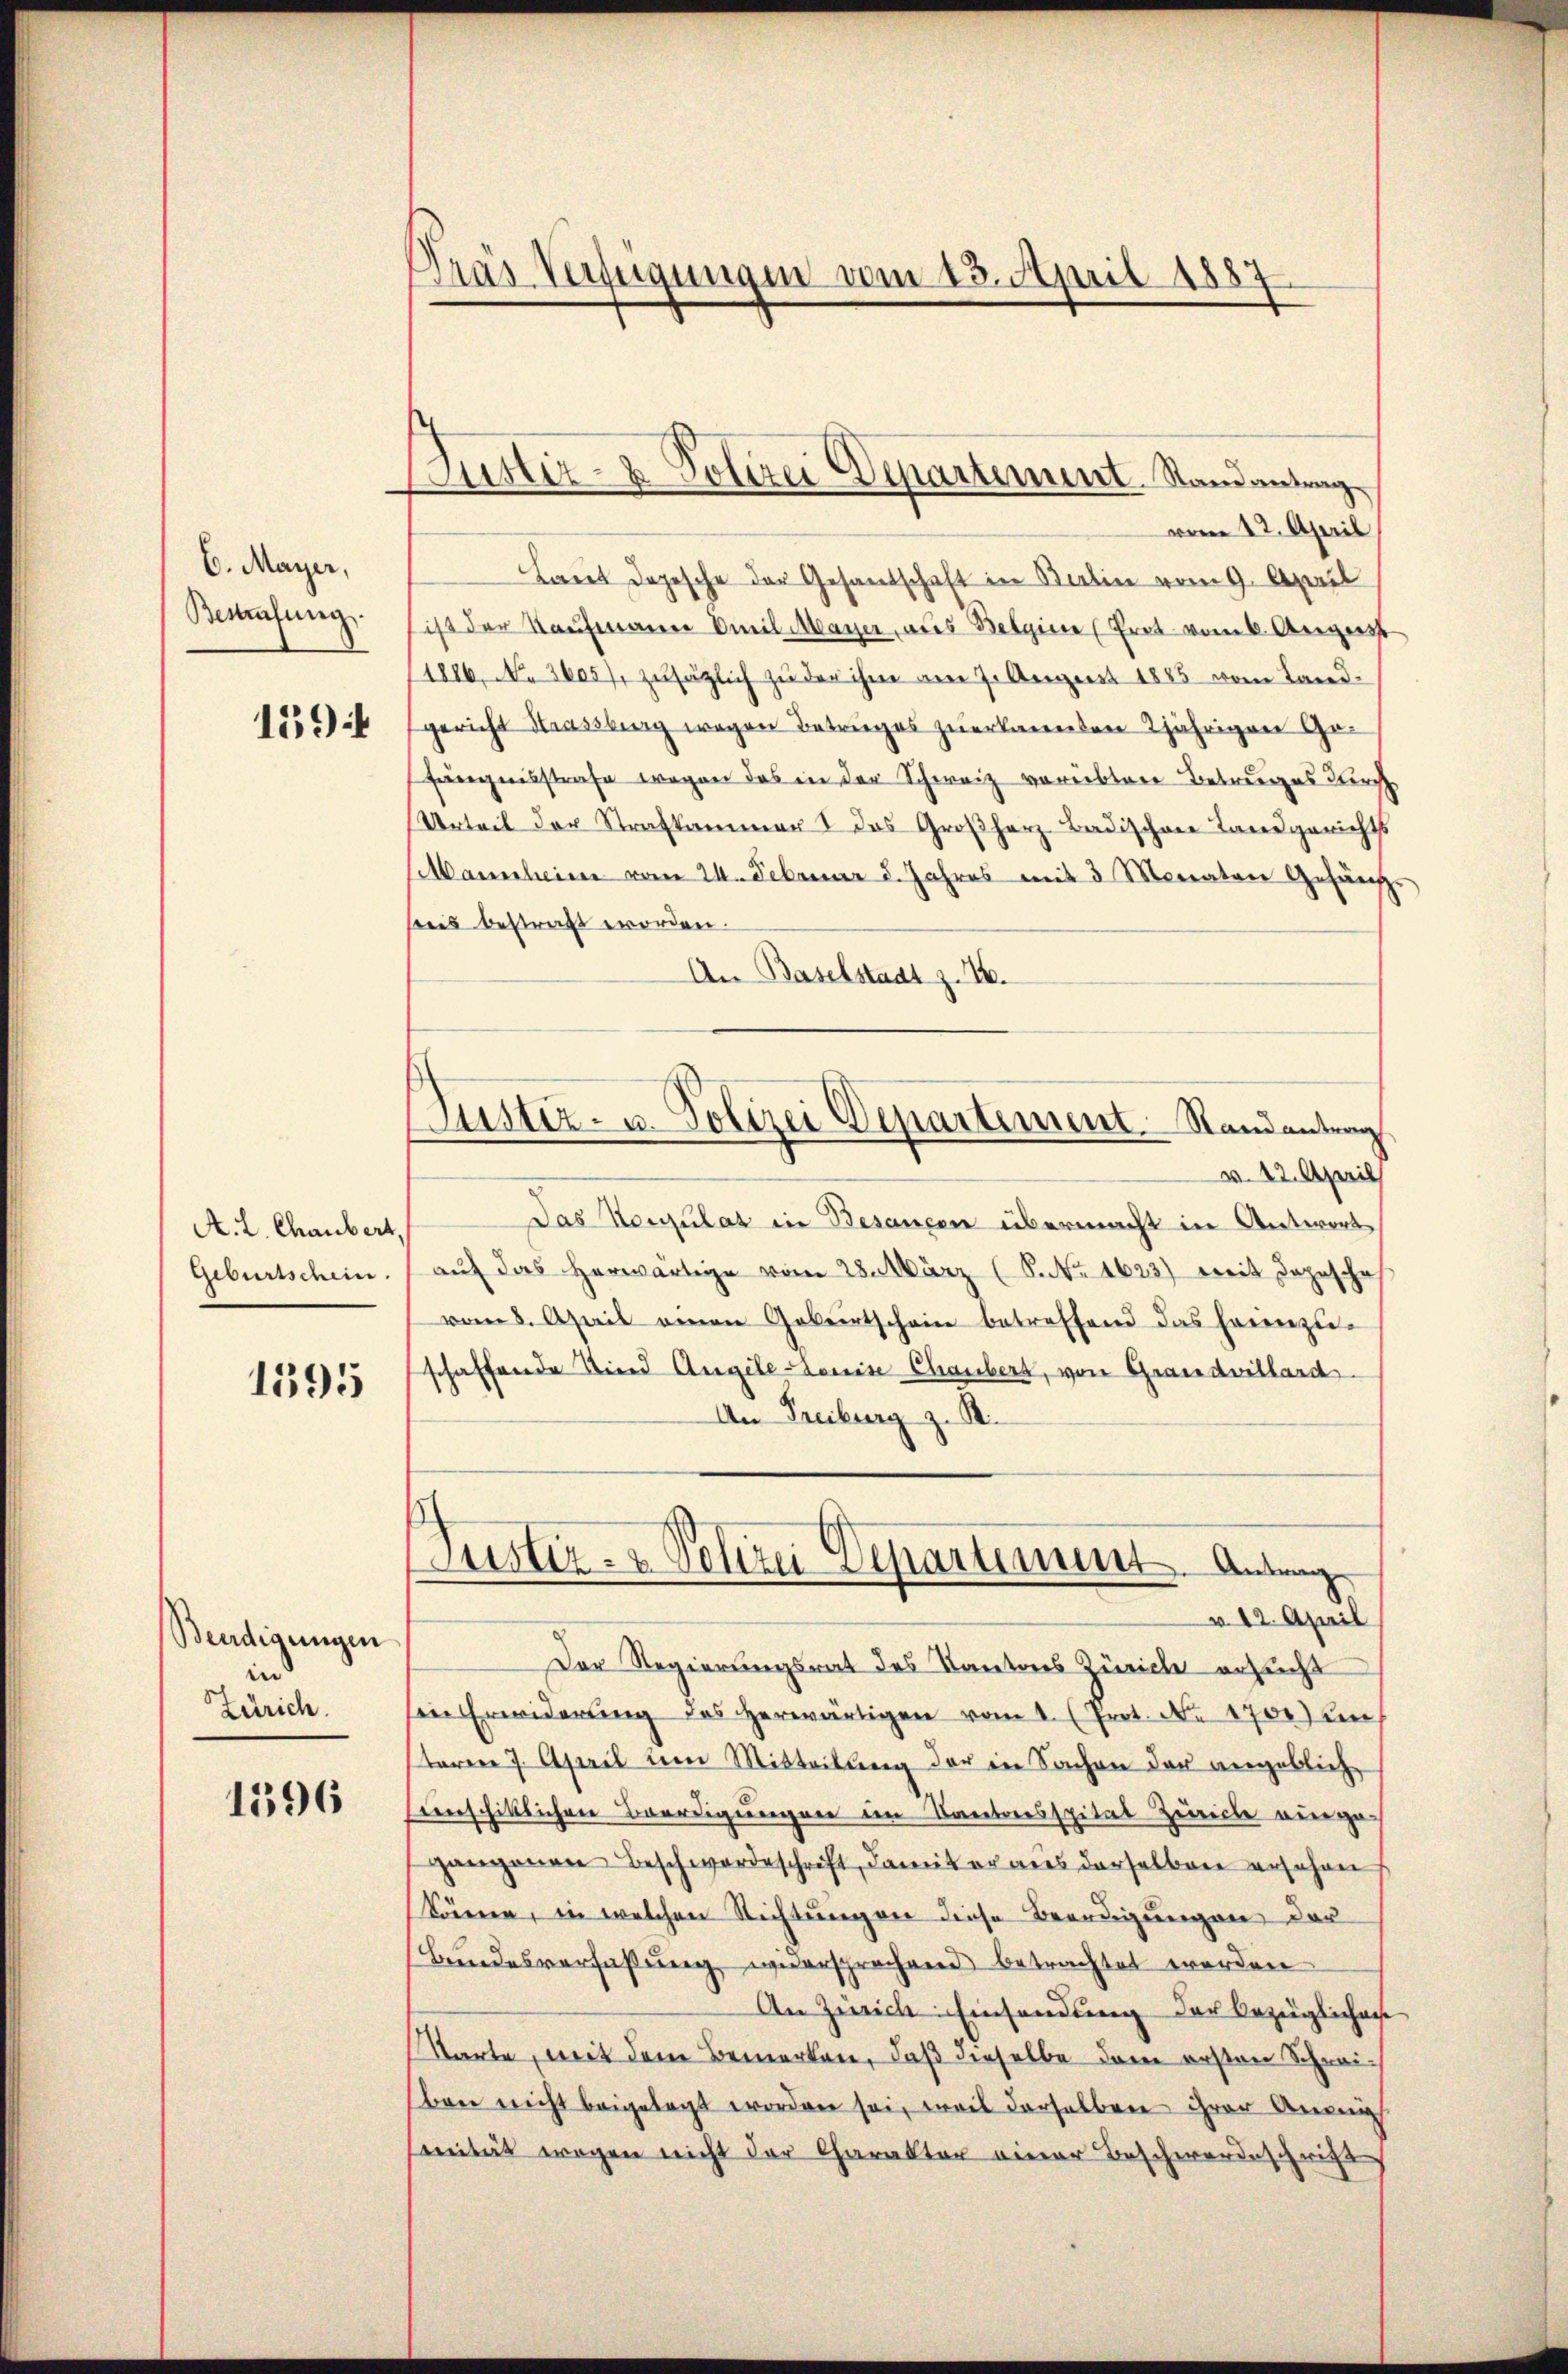
6. Maÿer,
Bemühung.
159

A. L. Chaubert,
Geburtschein.
1595

Bendigungen
ie
Zürich.

1596

Dräs Verfügungen vom 13. April 1887

Justiz- & Polizei Departement. Randantrag

vom 12. April
Laut dopesche der Gesandschaft in Balin vom 9. April
ist der Kaufmanne Emil Mayer, aus Belgie (Prot. vom 6. August
1806, No 3605), zusätzlich zu der ihm am 7. August 1885 vom Land-
gericht Strassburg wegen Betruges zuerkannten 2jährigen Gefängnisstrafe wegen das in der Schweiz vorübtere Betruges Kirchh
Urteil der Strafkammer das Großherz Badischen Landgerichts
Mannheim vom 24. Februar d. Jahres mit 3 Monaten Gehänge
seis bestragt worden.
An Baselstadt z. 16.
Puster- u. Polizei Departement. Randantrag
w. 12. April
Das Konsulat in Besangen übermacht in Antwort
auf das herwärtige vom 28. März (S. Nr. 1623) mit Depesche
vom 8. April einen Geburtschein betreffend das heimzuschaffende Kind Angele Louise Chaubert, von Grandvillard
An Freiburg z. S.

Justiz- & Polizei Departiment. Anfang
v. 12. April

Der Regierungsrat des Kantons Zürich ersucht
sein Erwiderŭng des herwärtigen vom 1. (Prot. No. 1700) un
teren 7. April um Mitteilung der in Sachen der angeblich
eerschiklichen Beerdigungen dem Kantonsspital Zürich eige-
gangenen Beschwordeschrift, damit er aus derselben ersehen
können, in welchen Richtungen diese Beerdigungen der
Bundesverfaßung widersprechend betrachtet worden
An Zürich. Einsendung der bezüglichen
Warte, mit dem Bemerken, daß dieselbe dem ersten Schreiben nicht beigelegt worden sei, weil derselben ihrer Ansich
nität wegen nicht der Charakter einer Beschwerdeschrif